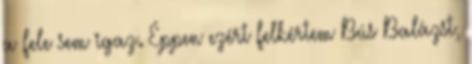
a fele sem igaz. Éppen ezért felkértem Bús Balázst,